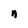
Character: n